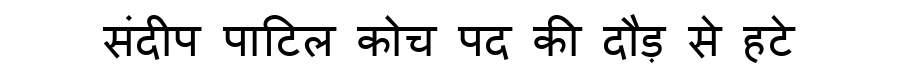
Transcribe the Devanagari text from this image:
संदीप पाटिल कोच पद की दौड़ से हटे